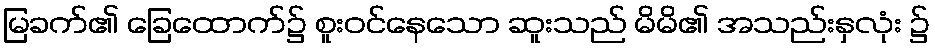
မြခက်၏ ခြေထောက်၌ စူးဝင်နေသော ဆူးသည် မိမိ၏ အသည်းနှလုံး ၌